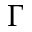
\Gamma